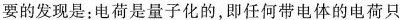
要的发现是:电荷是量子化的，即任何带电体的电荷只